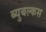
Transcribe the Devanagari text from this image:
ब्युबल्कस